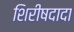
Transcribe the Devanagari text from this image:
शिरीषदादा